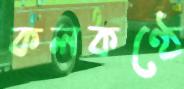
কলকণ্ঠে